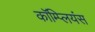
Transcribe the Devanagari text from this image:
कॉम्प्लियंस